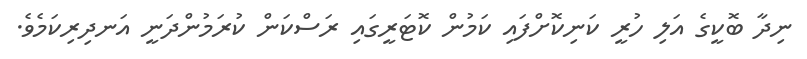
ނިދާ ބޮކީގެ އަލި ހުރީ ކަނިކޮށްފައި ކަމުން ކޮޓަރީގައި ރަސްކަން ކުރަމުންދަނީ އަނދިރިކަމެވެ.